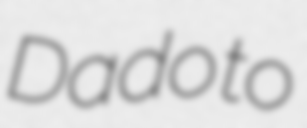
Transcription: Dado to